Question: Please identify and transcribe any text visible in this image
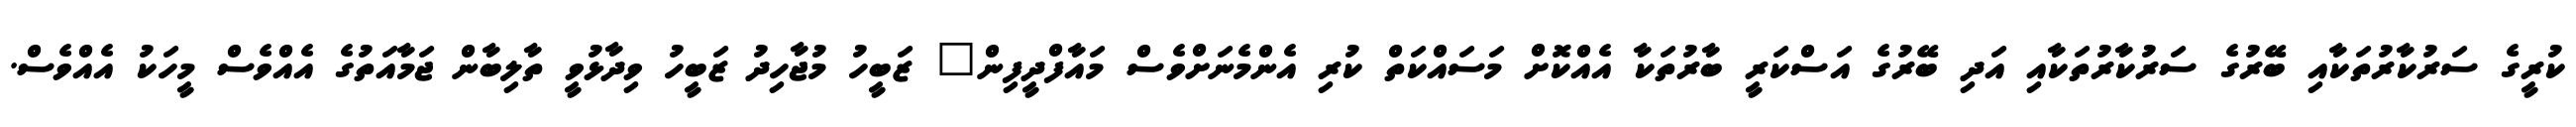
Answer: ކުރީގެ ސަރުކާރުތަކާއި ބޭރުގެ ސަރުކާރުތަކާއި އަދި ބޭރުގެ އަސްކަރީ ބާރުތަކާ އެއްކޮށް މަސައްކަތް ކުރި އެންމެނަށްވެސް މައާފްދީފިން" ޒަބީހު މުޖާހިދު ޒަބީހު ވިދާޅުވީ ތާލިބާން ޖަމާއަތުގެ އެއްވެސް މީހަކު އެއްވެސް.